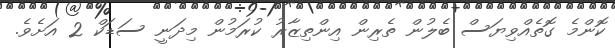
ކޮންމެ ގޮތެއްވިޔަސް ބެލުން ތެރިން އިންތިޒާރު ކުރަމުން މިދަނީ ސަޑަކް 2 އަށެވެ.